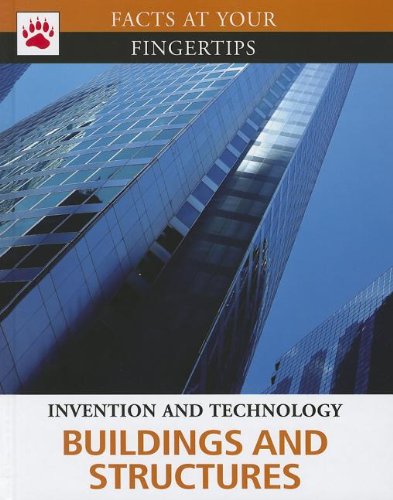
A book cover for Buildings and Structures (Facts at Your Fingertips); Teen & Young Adult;